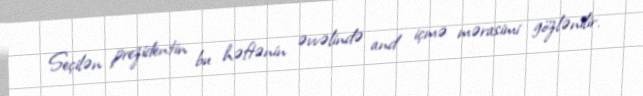
Seçilən prezidentin bu həftənin əvvəlində and içmə mərasimi gözlənilir.